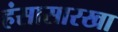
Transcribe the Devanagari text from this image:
हंसासारखा